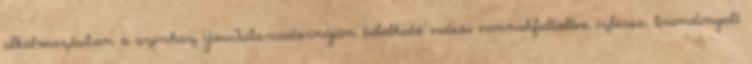
alkalmazásban a színház YouTube-csatornáján található videói vannakfeltöltve ízléses, brandingelt